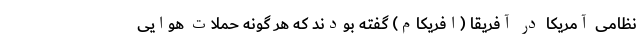
نظامی آمریکا در آفریقا (افریکام) گفته بودند که هر گونه حملات هوایی